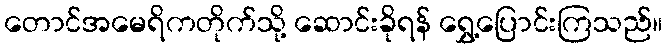
တောင်အမေရိကတိုက်သို့ ဆောင်းခိုရန် ရွှေ့ပြောင်းကြသည်။